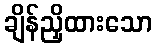
ချိန်ညှိထားသော